Annual administration report of the Civil Veterinary Department, Ajmere-Merwara, British Rajputana - 1914-1940
Year: 1914
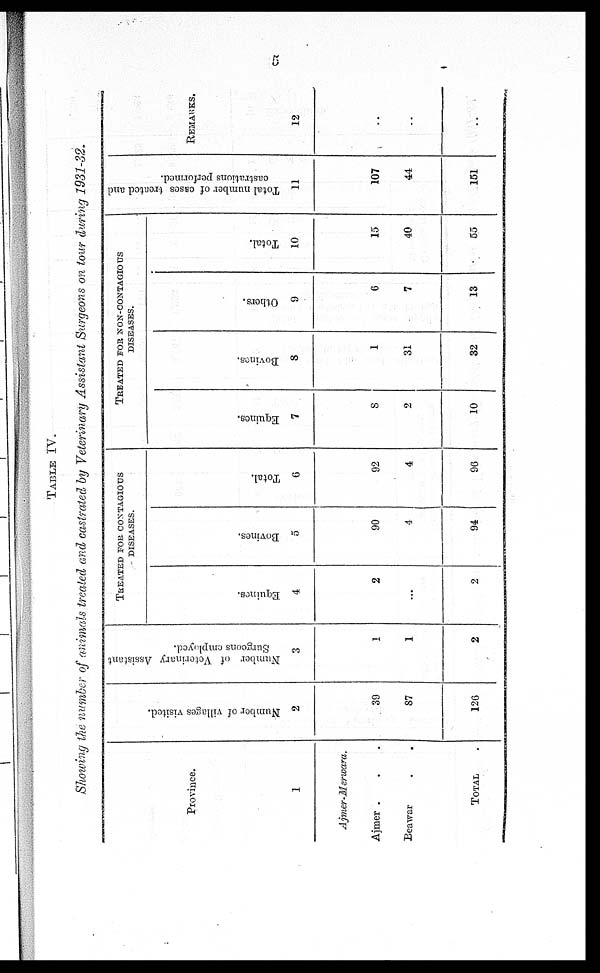
5
TABLE IV.
Showing the number of animals treated and castrated by Veterinary Assistant Surgeons on tour during 1931-32.
Province.
1
Ajmer-Merwara.
Ajmer . . .
Beawar . .
TOTAL .
Number of villages visited.
2
39
87
126
Number of Veterinary Assistant
Surgeons employed.
3
1
1
2
TREATED FOR CONTAGIOUS
DISEASES.
Equines.
4
2
..
2
Bovines.
5
90
4
94
Total.
6
92
4
96
TREATED FOR NON-CONTAGIOUS
DISEASES.
Equines.
7
8
2
10
Bovines.
8
1
31
32
Others.
9
6
7
13
Total.
10
15
40
55
Total number of cases treated and
castrations performed.
11
107
44
151
REMARKS.
12
..
..
..